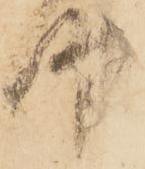
時